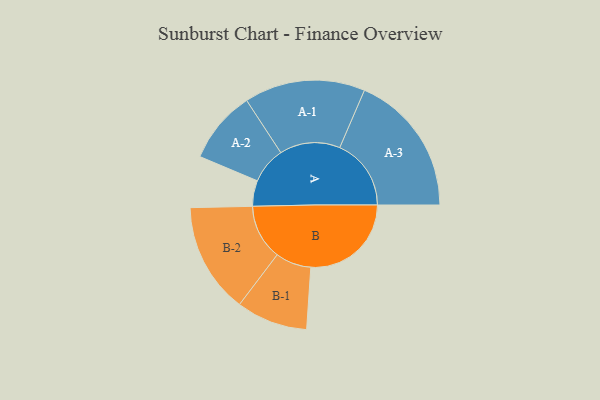
{"axis": {"x": "Segment", "y": "Value"}, "legend": ["", "A", "B"], "data": [{"x": "A", "y": 108, "type": ""}, {"x": "B", "y": 422, "type": ""}, {"x": "A-1", "y": 254, "type": "A"}, {"x": "A-2", "y": 153, "type": "A"}, {"x": "A-3", "y": 300, "type": "A"}, {"x": "B-1", "y": 150, "type": "B"}, {"x": "B-2", "y": 232, "type": "B"}]}